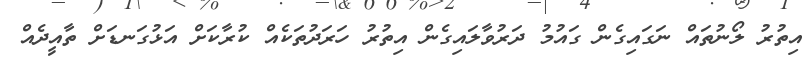
އިތުރު ލޯނުތައް ނަގައިގެން ގައުމު ދަރުވާލައިގެން އިތުރު ހަރަދުތަކެއް ކުރާކަށް އަޅުގަނޑަށް ތާއީދެއް